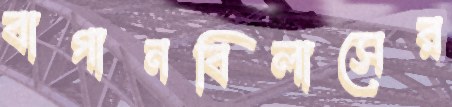
বাগানবিলাসের